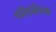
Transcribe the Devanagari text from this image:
कॉकलिया